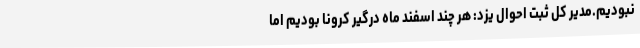
نبودیم.مدیر کل ثبت احوال یزد: هر چند اسفند ماه درگیر کرونا بودیم اما